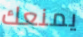
يمنعك